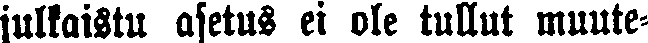
julkaistu asetus ei ole tullut muute-